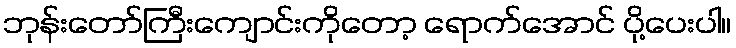
ဘုန်းတော်ကြီးကျောင်းကိုတော့ ရောက်အောင် ပို့ပေးပါ။